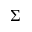
\boldsymbol { \Sigma }